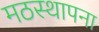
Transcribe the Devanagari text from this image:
मठस्थापना